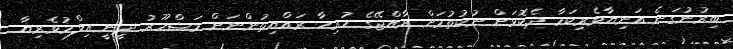
ބިރުނުގަނެ އަނިޔާވެރިކަމާ ދެކޮޅަށް ނުކުތުމަށް ރާއްޖޭގެ ހުރިހާ ރައްޔިތުންނަށް މަޝްހޫރު ދީނީ އިލްމުވެރިޔާ